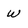
Character: w